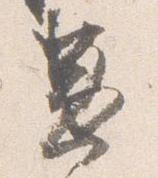
兼